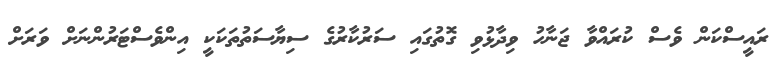
ރައީސްކަން ވެސް ކުރައްވާ ޖަނާހު ވިދާޅުވި ގޮތުގައި ސަރުކާރުގެ ސިޔާސަތުތަކަކީ އިންވެސްޓަރުންނަށް ވަރަށް